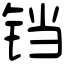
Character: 铛